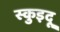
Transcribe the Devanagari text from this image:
स्कुइदू